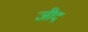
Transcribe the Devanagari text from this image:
जीद